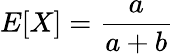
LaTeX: E[X]=\frac{a}{a+b}